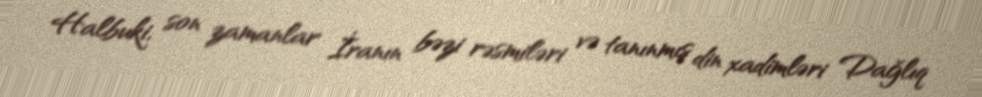
Halbuki, son zamanlar İranın bəzi rəsmiləri və tanınmış din xadimləri Dağlıq